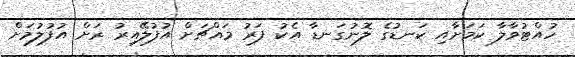
ހުއްޓުވާލާ ކަމަށާއި ކަނޑުގެ ލޮނުގަނޑާ އެކު ފަރު މައްޗަށް އުފުލޭއިރު ރަށް އުފުލުމަށް